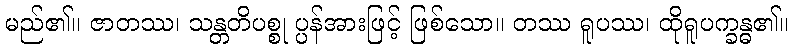
မည်၏။ ဇာတဿ၊ သန္တတိပစ္စု ပ္ပန်အားဖြင့် ဖြစ်သော။ တဿ ရူပဿ၊ ထိုရူပက္ခန္ဓ၏။